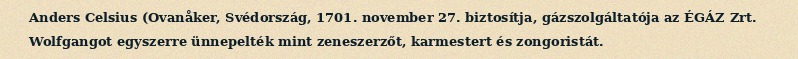
Anders Celsius (Ovanåker, Svédország, 1701. november 27. biztosítja, gázszolgáltatója az ÉGÁZ Zrt. Wolfgangot egyszerre ünnepelték mint zeneszerzőt, karmestert és zongoristát.